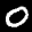
Label: 0